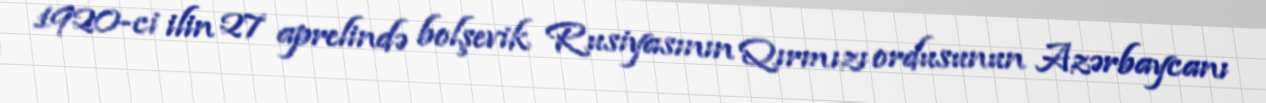
1920-ci ilin 27 aprelində bolşevik Rusiyasının Qırmızı ordusunun Azərbaycanı